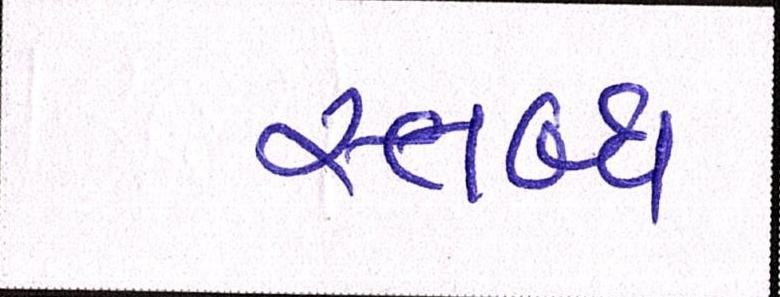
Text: સ્તબ્ધ